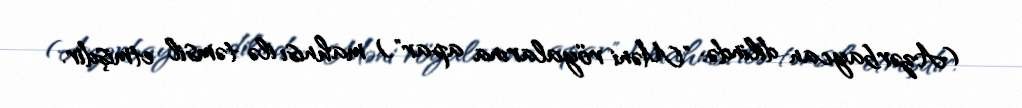
(Azərbaycan dilində: "Məni röyalarına apar") mahnısı ilə təmsil etmişdir.